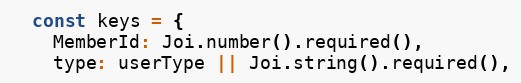
Language: JavaScript
  const keys = {
    MemberId: Joi.number().required(),
    type: userType || Joi.string().required(),